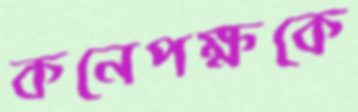
কনেপক্ষকে